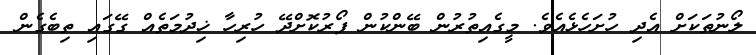
ލޯނުތަކަށް އެދި ހުށަހެޅެއެވެ. މީގެއިތުރުން ބޭންކުން ފޯރުކޮށްދޭ ހުރިހާ ޚިދުމަތެއް ގޭގައި ތިބެގެން